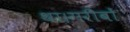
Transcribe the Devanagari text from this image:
था।गरीबों